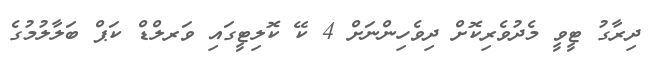
ދިރާގު ޓީވީ މެދުވެރިކޮށް ދިވެހިންނަށް 4 ކޭ ކޮލިޓީގައި ވަރލްޑް ކަޕް ބަލާލުމުގެ